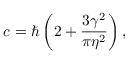
c = \hbar \left( 2 + \frac { 3 \gamma ^ { 2 } } { \pi \eta ^ { 2 } } \right) ,